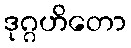
ဒုဂ္ဂဟိတော